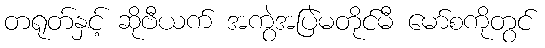
တရုတ်နှင့် ဆိုဗီယက် အကွဲအပြဲမတိုင်မီ မော်စကိုတွင်